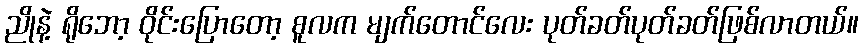
ညိုနဲ့ ရိုဘော့ ဝိုင်းပြောတော့ စူလက မျက်တောင်လေး ပုတ်ခတ်ပုတ်ခတ်ဖြစ်လာတယ်။